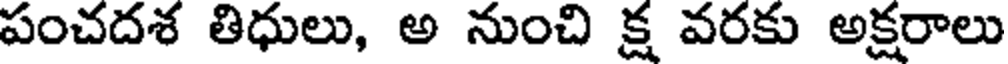
పంచదశ తిధులు, అ నుంచి క్ష వరకు అక్షరాలు